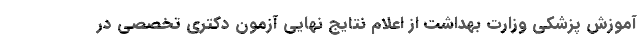
آموزش پزشکی وزارت بهداشت از اعلام نتایج نهایی آزمون دکتری تخصصی در